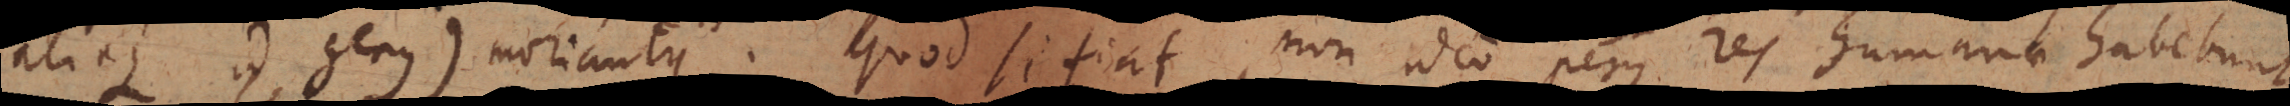
aliaque id genus) moriantur. Quod si fiat, non ideo peius res humanae habebunt